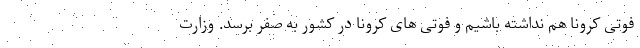
فوتی کرونا هم نداشته باشیم و فوتی های کرونا در کشور به صفر برسد. وزارت